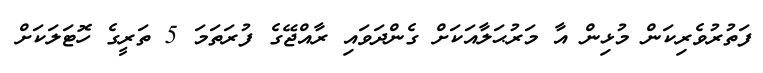
ފަތުރުވެރިކަން މުޅިން އާ މަރުޙަލާއަކަށް ގެންދަވައި ރާއްޖޭގެ ފުރަތަމަ 5 ތަރީގެ ހޮޓަލަކަށް